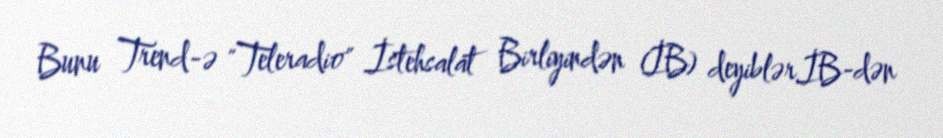
Bunu Trend-ə "Teleradio" İstehsalat Birliyindən (İB) deyiblər.İB-dən